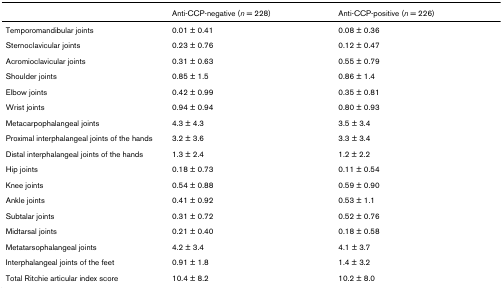
<table><thead><tr><td></td><td><b>Anti-CCP-negative (<i>n </i>= 228)</b></td><td><b>Anti-CCP-positive (<i>n </i>= 226)</b></td></tr></thead><tbody><tr><td>Temporomandibular joints</td><td>0.01 ± 0.41</td><td>0.08 ± 0.36</td></tr><tr><td>Sternoclavicular joints</td><td>0.23 ± 0.76</td><td>0.12 ± 0.47</td></tr><tr><td>Acromioclavicular joints</td><td>0.31 ± 0.63</td><td>0.55 ± 0.79</td></tr><tr><td>Shoulder joints</td><td>0.85 ± 1.5</td><td>0.86 ± 1.4</td></tr><tr><td>Elbow joints</td><td>0.42 ± 0.99</td><td>0.35 ± 0.81</td></tr><tr><td>Wrist joints</td><td>0.94 ± 0.94</td><td>0.80 ± 0.93</td></tr><tr><td>Metacarpophalangeal joints</td><td>4.3 ± 4.3</td><td>3.5 ± 3.4</td></tr><tr><td>Proximal interphalangeal joints of the hands</td><td>3.2 ± 3.6</td><td>3.3 ± 3.4</td></tr><tr><td>Distal interphalangeal joints of the hands</td><td>1.3 ± 2.4</td><td>1.2 ± 2.2</td></tr><tr><td>Hip joints</td><td>0.18 ± 0.73</td><td>0.11 ± 0.54</td></tr><tr><td>Knee joints</td><td>0.54 ± 0.88</td><td>0.59 ± 0.90</td></tr><tr><td>Ankle joints</td><td>0.41 ± 0.92</td><td>0.53 ± 1.1</td></tr><tr><td>Subtalar joints</td><td>0.31 ± 0.72</td><td>0.52 ± 0.76</td></tr><tr><td>Midtarsal joints</td><td>0.21 ± 0.40</td><td>0.18 ± 0.58</td></tr><tr><td>Metatarsophalangeal joints</td><td>4.2 ± 3.4</td><td>4.1 ± 3.7</td></tr><tr><td>Interphalangeal joints of the feet</td><td>0.91 ± 1.8</td><td>1.4 ± 3.2</td></tr><tr><td>Total Ritchie articular index score</td><td>10.4 ± 8.2</td><td>10.2 ± 8.0</td></tr></tbody></table>